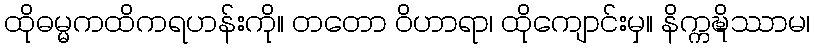
ထိုဓမ္မကထိကရဟန်းကို။ တတော ဝိဟာရာ၊ ထိုကျောင်းမှ။ နိက္ကဍ္ဎိဿာမ၊